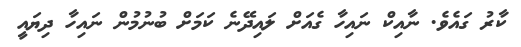
ކާރު ގައެވެ. ނާއިކް ނައިހާ ގެއަށް ލައިދޭނެ ކަމަށް ބުނުމުން ނައިހާ ދިޔައީ